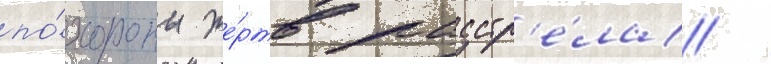
по́хороны же́ртв расстр'е́ла /